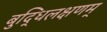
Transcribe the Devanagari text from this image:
बुद्धिलक्षणम्‌